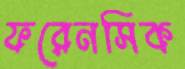
ফরেনসিক